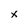
Character: x